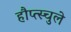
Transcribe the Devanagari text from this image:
हौप्त्स्चुले